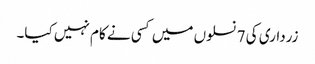
زرداری کی 7 نسلوں میں کسی نے کام نہیں کیا۔